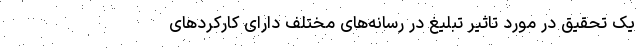
یک تحقیق در مورد تاثیر تبلیغ در رسانه‌های مختلف دارای کارکرد‌های